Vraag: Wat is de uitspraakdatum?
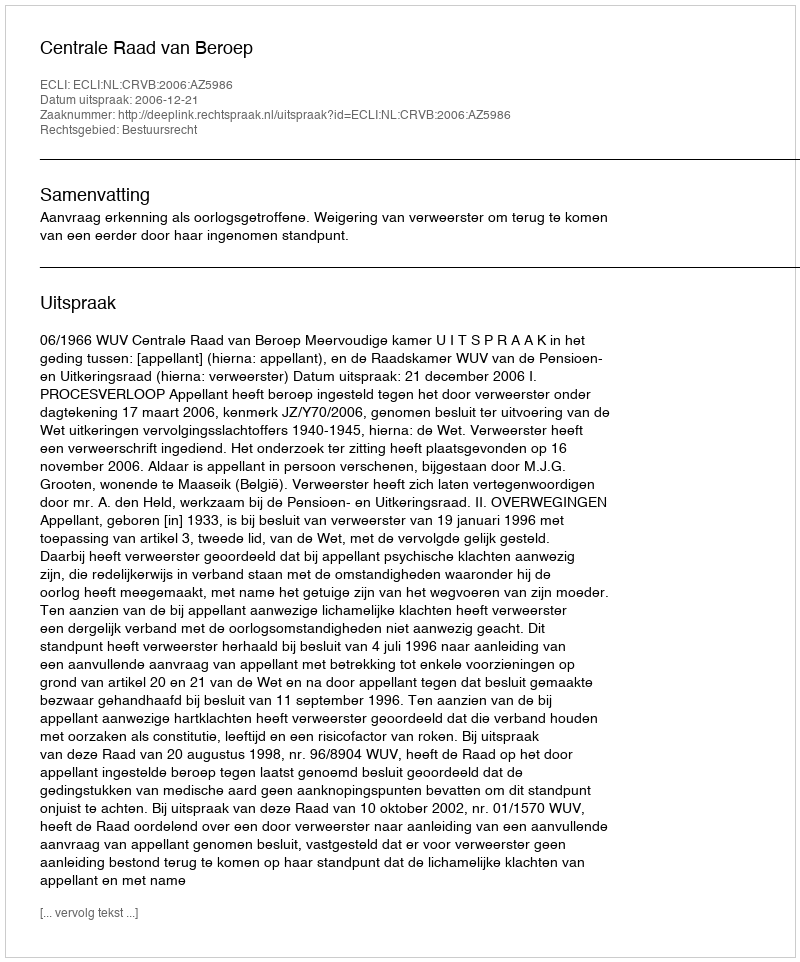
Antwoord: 2006-12-21